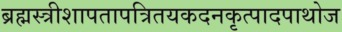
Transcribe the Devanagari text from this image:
ब्रह्मस्त्रीशापतापत्रितयकदनकृत्पादपाथोज